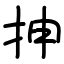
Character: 抻